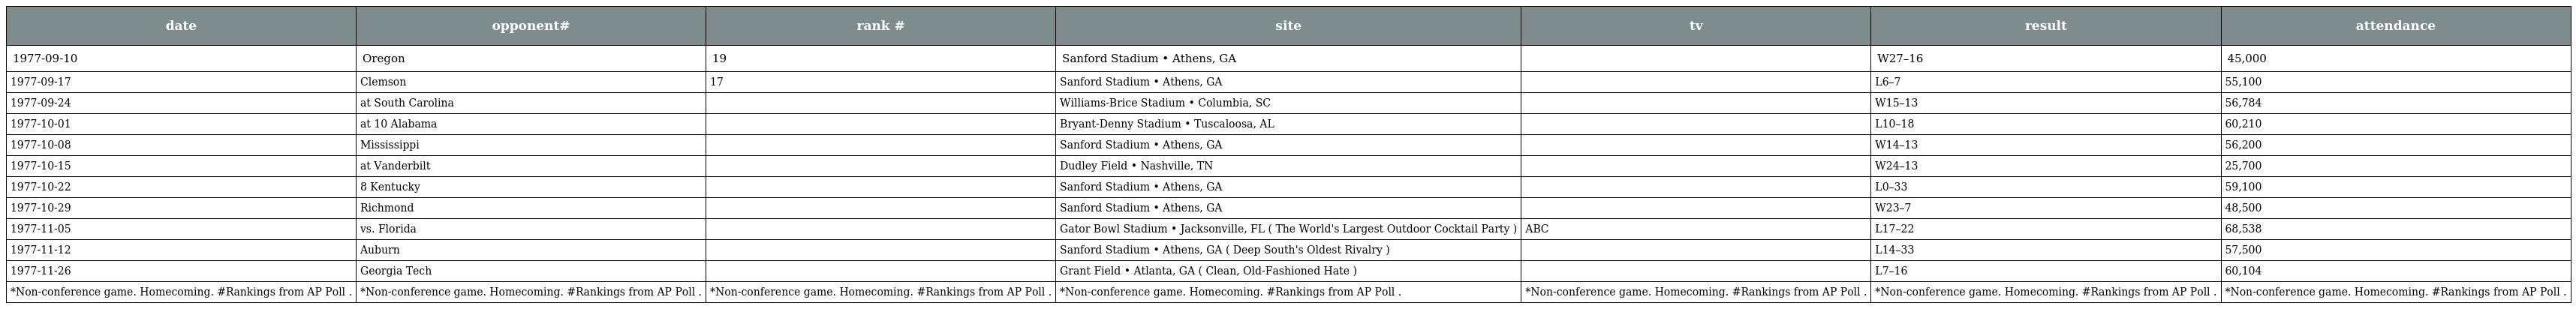
| date | opponent# | rank # | site | tv | result | attendance |
 | --- | --- | --- | --- | --- | --- | --- |
 | 1977-09-10 | Oregon | 19 | Sanford Stadium • Athens, GA |  | W27–16 | 45,000 |
 | 1977-09-17 | Clemson | 17 | Sanford Stadium • Athens, GA |  | L6–7 | 55,100 |
 | 1977-09-24 | at South Carolina |  | Williams-Brice Stadium • Columbia, SC |  | W15–13 | 56,784 |
 | 1977-10-01 | at 10 Alabama |  | Bryant-Denny Stadium • Tuscaloosa, AL |  | L10–18 | 60,210 |
 | 1977-10-08 | Mississippi |  | Sanford Stadium • Athens, GA |  | W14–13 | 56,200 |
 | 1977-10-15 | at Vanderbilt |  | Dudley Field • Nashville, TN |  | W24–13 | 25,700 |
 | 1977-10-22 | 8 Kentucky |  | Sanford Stadium • Athens, GA |  | L0–33 | 59,100 |
 | 1977-10-29 | Richmond |  | Sanford Stadium • Athens, GA |  | W23–7 | 48,500 |
 | 1977-11-05 | vs. Florida |  | Gator Bowl Stadium • Jacksonville, FL ( The World's Largest Outdoor Cocktail Party ) | ABC | L17–22 | 68,538 |
 | 1977-11-12 | Auburn |  | Sanford Stadium • Athens, GA ( Deep South's Oldest Rivalry ) |  | L14–33 | 57,500 |
 | 1977-11-26 | Georgia Tech |  | Grant Field • Atlanta, GA ( Clean, Old-Fashioned Hate ) |  | L7–16 | 60,104 |
 | *Non-conference game. Homecoming. #Rankings from AP Poll . | *Non-conference game. Homecoming. #Rankings from AP Poll . | *Non-conference game. Homecoming. #Rankings from AP Poll . | *Non-conference game. Homecoming. #Rankings from AP Poll . | *Non-conference game. Homecoming. #Rankings from AP Poll . | *Non-conference game. Homecoming. #Rankings from AP Poll . | *Non-conference game. Homecoming. #Rankings from AP Poll . |